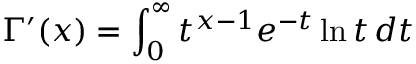
\Gamma ^ { \prime } ( x ) = \int _ { 0 } ^ { \infty } t ^ { x - 1 } e ^ { - t } \ln t \, d t